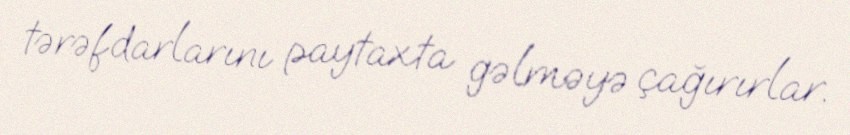
tərəfdarlarını paytaxta gəlməyə çağırırlar.